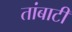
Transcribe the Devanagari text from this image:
तांबाटी